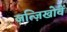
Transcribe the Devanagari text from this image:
ज़त्ज़िखोवें